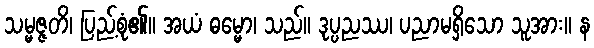
သမ္မဇ္ဇတိ၊ ပြည့်စုံ၏။ အယံ ဓမ္မော၊ သည်။ ဒုပ္ပညဿ၊ ပညာမရှိသော သူအား။ န